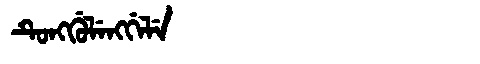
Manchu: ᡨᡠᠩᡤᡠᠯᡝᠩᡤᡝᠯᡝ
Romanization: TUNGGULENGGELE